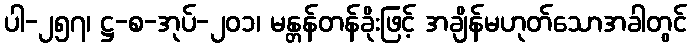
ပါ-၂၅၇၊ ဋ္ဌ-စ-အုပ်-၂၀၁၊ မန္တန်တန်ခိုးဖြင့် အချိန်မဟုတ်သောအခါတွင်